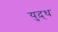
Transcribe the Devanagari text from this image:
युद़्ध